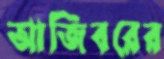
আজিবরের